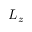
L _ { z }